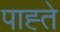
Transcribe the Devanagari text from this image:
पाह्ते